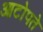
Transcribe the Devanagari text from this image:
आटोपते